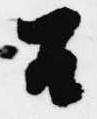
召